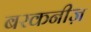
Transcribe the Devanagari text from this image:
बरकनीज़